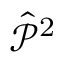
{ \hat { \mathcal { P } } } ^ { 2 }